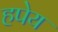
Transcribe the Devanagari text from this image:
हपेय